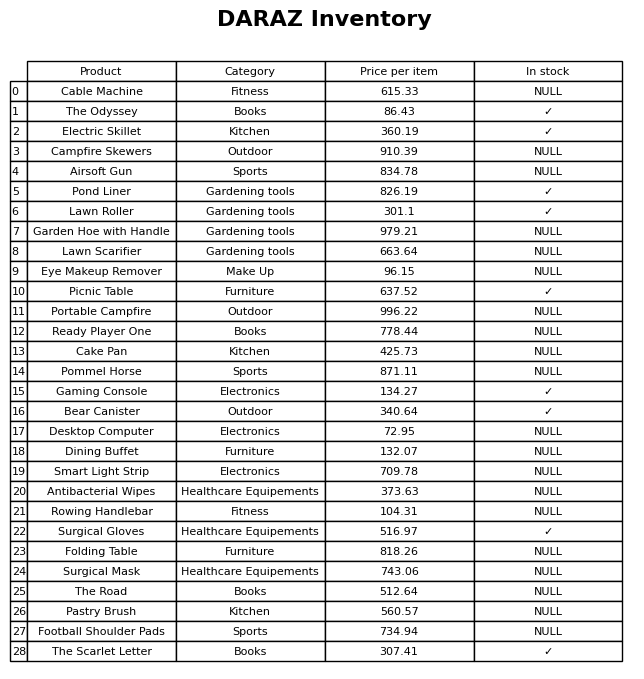
question: What is the price of the Desktop Computer?
answer: The price of Desktop Computer is 72.95.